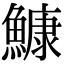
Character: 鱇